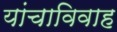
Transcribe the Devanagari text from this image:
यांचाविवाह